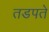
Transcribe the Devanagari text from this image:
तडपते